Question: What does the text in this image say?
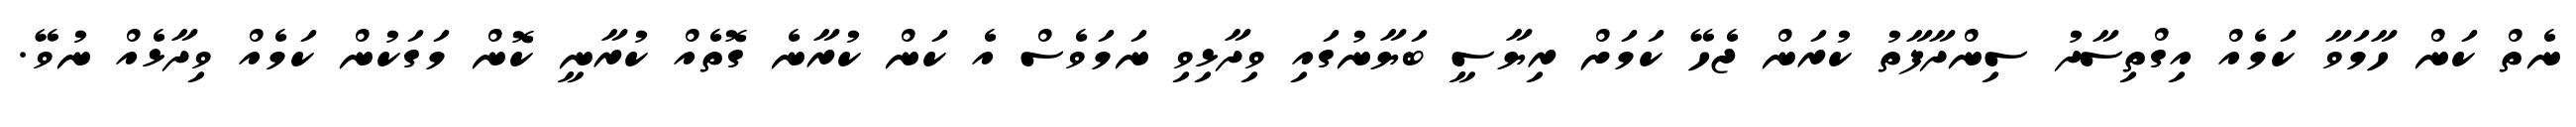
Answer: ނެތް ކަން ހާމަވާ ކަމެއް އިގްތިސާދު ސިންދާފާތު ކުރަން ޖެހޭ ކަމަށް ރިޔާސީ ބަޔާނުގައި ވިދާޅިވި ނަމަވެސް އެ ކަން ކުރާނެ ގޮތެއް ކުރާނީ ކޮން މަގަކުން ކަމެއް ވިދާޅެއް ނުވޭ.